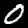
Label: 0